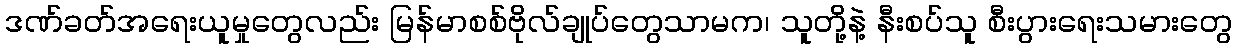
ဒဏ်ခတ်အရေးယူမှုတွေလည်း မြန်မာစစ်ဗိုလ်ချုပ်တွေသာမက၊ သူတို့နဲ့ နီးစပ်သူ စီးပွားရေးသမားတွေ